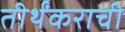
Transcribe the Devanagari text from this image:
तीर्थंकराची